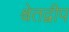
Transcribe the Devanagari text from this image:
श्वेतद्वीप